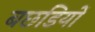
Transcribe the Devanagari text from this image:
बछडियों